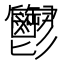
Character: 𩰪